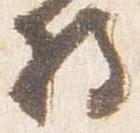
将